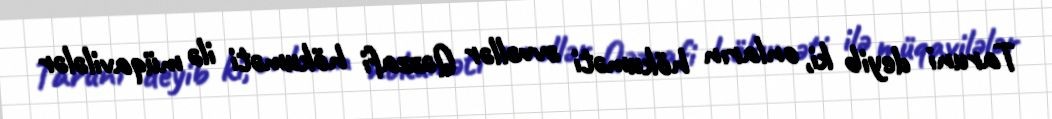
Taruni deyib ki, onların hökuməti əvvəllər Qəzzafi hökuməti ilə müqavilələr